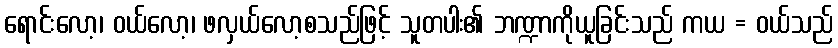
ရောင်းလော့၊ ဝယ်လော့၊ ဖလှယ်လော့စသည်ဖြင့် သူတပါး၏ ဘဏ္ဍာကိုယူခြင်းသည် ကယ = ဝယ်သည်